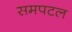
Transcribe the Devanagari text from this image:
समपटल